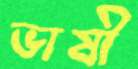
ভাষী